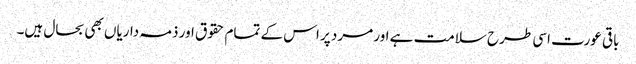
باقی عورت اسی طرح سلامت ہے اور مرد پر اس کے تمام حقوق اور ذمہ داریاں بھی بحال ہیں۔